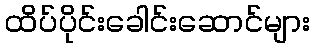
ထိပ်ပိုင်းခေါင်းဆောင်များ